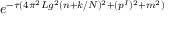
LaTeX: e ^ { - \tau ( 4 \pi ^ { 2 } L g ^ { 2 } ( n + k / N ) ^ { 2 } + ( p ^ { I } ) ^ { 2 } + m ^ { 2 } ) }